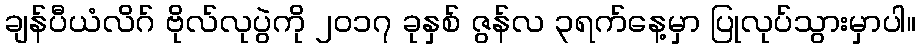
ချန်ပီယံလိဂ် ဗိုလ်လုပွဲကို ၂၀၁၇ ခုနှစ် ဇွန်လ ၃ရက်နေ့မှာ ပြုလုပ်သွားမှာပါ။